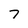
Character: 7